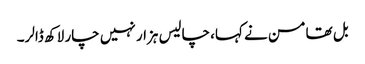
بل تھامسن نے کہا، چالیس ہزار نہیں چار لاکھ ڈالر۔